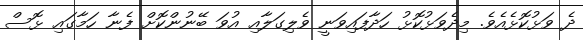
ދެ ވަޅުކޮޅެއެވެ. މިދެވަޅުކޮޅު ހަދާފައިވަނީ ވެލިގަލާއި އުވަ ބޭނުންކޮށް ފެނާ ހަމާގައި ޅޮސް